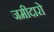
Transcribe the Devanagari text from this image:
जमीदारो